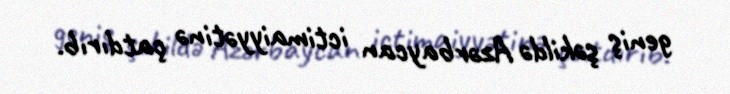
geniş şəkildə Azərbaycan ictimaiyyətinə çatdırıb.